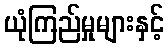
ယုံကြည်မှုများနှင့်